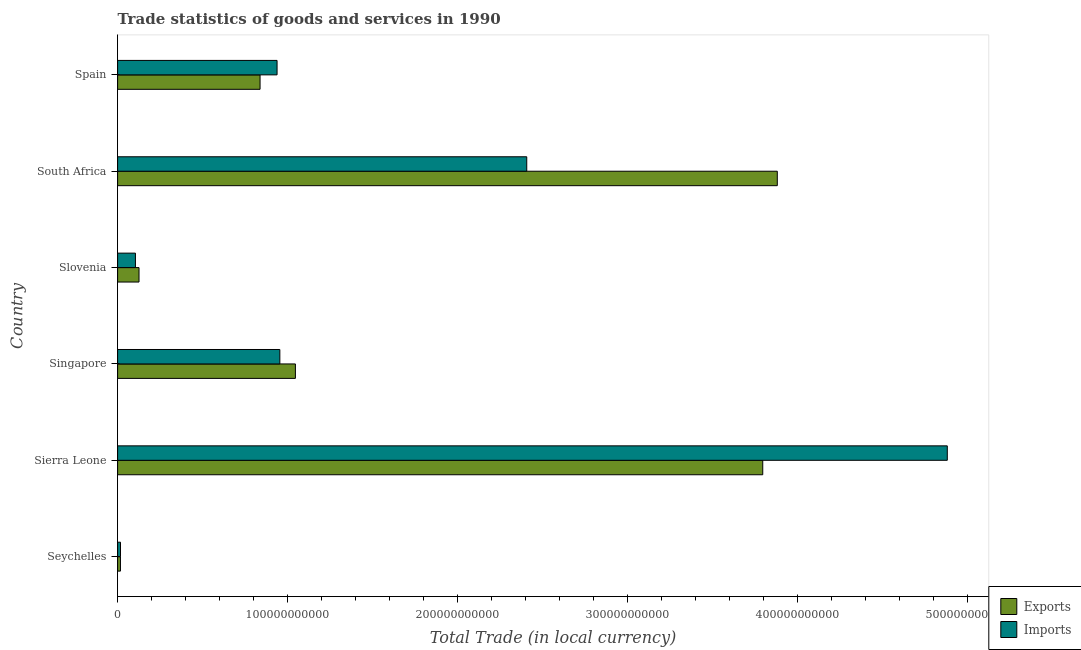
| Country | Exports | Imports |
 | --- | --- | --- |
 | Seychelles | 1.67e+09 | 1.7e+09 |
 | Sierra Leone | 3.8e+11 | 4.88e+11 |
 | Singapore | 1.05e+11 | 9.55e+10 |
 | Slovenia | 1.26e+10 | 1.05e+10 |
 | South Africa | 3.88e+11 | 2.41e+11 |
 | Spain | 8.38e+10 | 9.39e+10 |